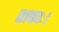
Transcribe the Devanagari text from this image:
शफाः।